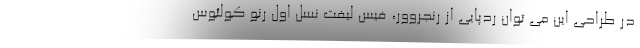
در طراحی این می توان ردپایی از رنجروور، فیس لیفت نسل اول رنو کولئوس